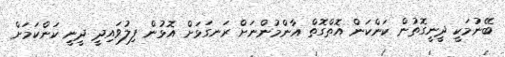
ބޭނުމަކީ ދީނީގޮތުން ކަންކަން އޮތްގޮތް އާންމުންނަށް ރަނގަޅަށް އޮޅުން ފިލުވައިދީ ދީނީ ކަންކަމަށް